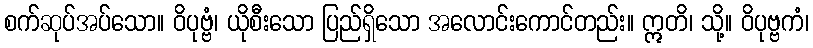
စက်ဆုပ်အပ်သော။ ဝိပုဗ္ဗံ၊ ယိုစီးသော ပြည်ရှိသော အလောင်းကောင်တည်း။ ဣတိ၊ သို့။ ဝိပုဗ္ဗကံ၊